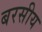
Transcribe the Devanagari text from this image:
बरसीय